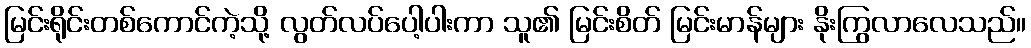
မြင်းရိုင်းတစ်ကောင်ကဲ့သို့ လွတ်လပ်ပေါ့ပါးကာ သူ၏ မြင်းစိတ် မြင်းမာန်များ နိုးကြွလာလေသည်။